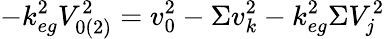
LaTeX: -k_{eg}^{2}V_{0(2)}^{2}=v_{0}^{2}-\Sigma v_{k}^{2}-k_{eg}^{2}\Sigma V_{j}^{2}